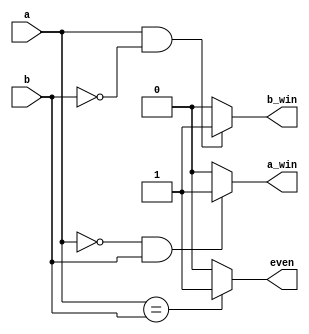
module janken (a, b, a_win, b_win, even);
    input a, b;
    output a_win, b_win, even;

    assign a_win = (a == 1'b0 && b == 1'b1) ? 1'b1 : 1'b0;
    assign b_win = (a == 1'b1 && b == 1'b0) ? 1'b1 : 1'b0;
    assign even = (a == b) ? 1'b1 : 1'b0;
endmodule

module testbench;
    reg a, b;
    wire a_win, b_win, even;
    
    initial
        begin
            $monitor("a:%b b:%b, a_win:%b b_win:%b even:%b", a, b, a_win, b_win, even);
            a <= 0;
            b <= 0;
            #3 $finish;
        end
        
    always #1 a <= a + 1;
    always #2 b <= b + 1;
    
    janken inst0 (a, b, a_win, b_win, even);
endmodule